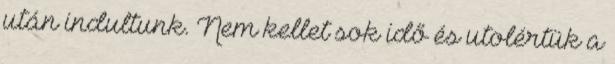
után indultunk. Nem kellet sok idő és utolértük a